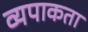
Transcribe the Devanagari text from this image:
व्यपाकता